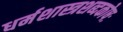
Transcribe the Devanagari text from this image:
धर्मशास्त्रशब्दकोषः